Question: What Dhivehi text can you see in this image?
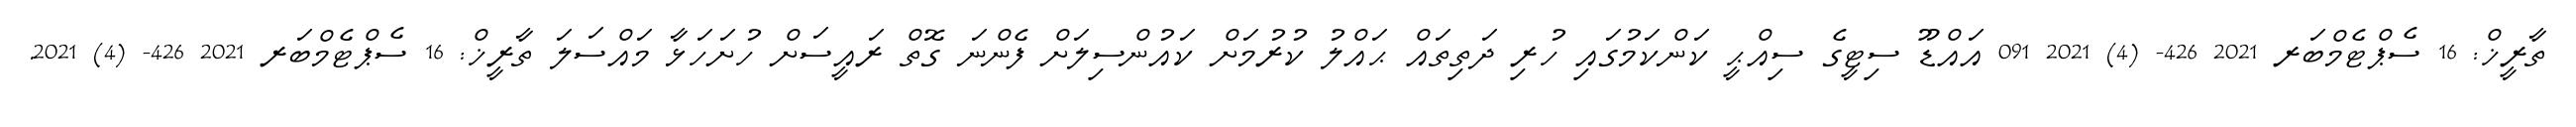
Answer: ތާރީޚް: 16 ސެޕްޓެމްބަރ 2021 426- (4) 2021 091 އައްޑޫ ސިޓީގެ ސިއްޙީ ކަންކަމުގައި ހުރި ދަތިތައް ޙައްލު ކުރުމަށް ކައުންސިލަށް ފެންނަ ގޮތް ރައީސަށް ހުށަހަޅާ މައްސަލަ ތާރީޚް: 16 ސެޕްޓެމްބަރ 2021 426- (4) 2021.